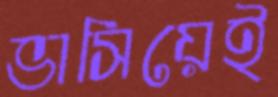
ভাসিয়েই